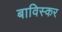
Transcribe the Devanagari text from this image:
बाविस्कर